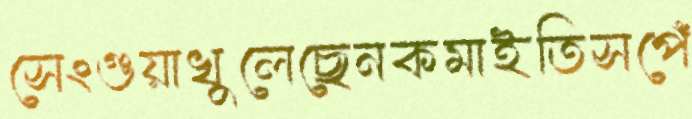
সেংগুয়াখুলেছেনকমাইতিসপেঁ